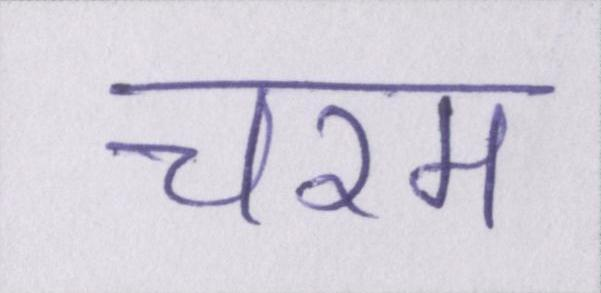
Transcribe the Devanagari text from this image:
चरम